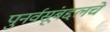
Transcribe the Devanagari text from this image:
पुनर्वसूंबद्दलचे